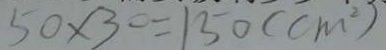
5 0 \times 3 0 = 1 5 0 ( c m ^ { 2 } )